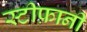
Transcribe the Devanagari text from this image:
स्टीफ़ानी